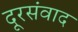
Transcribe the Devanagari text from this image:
दूरसंवाद